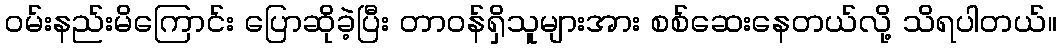
ဝမ်းနည်းမိကြောင်း ပြောဆိုခဲ့ပြီး တာဝန်ရှိသူများအား စစ်ဆေးနေတယ်လို့ သိရပါတယ်။